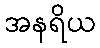
အနရိယ